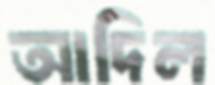
আদিল